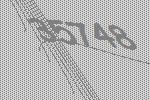
35748